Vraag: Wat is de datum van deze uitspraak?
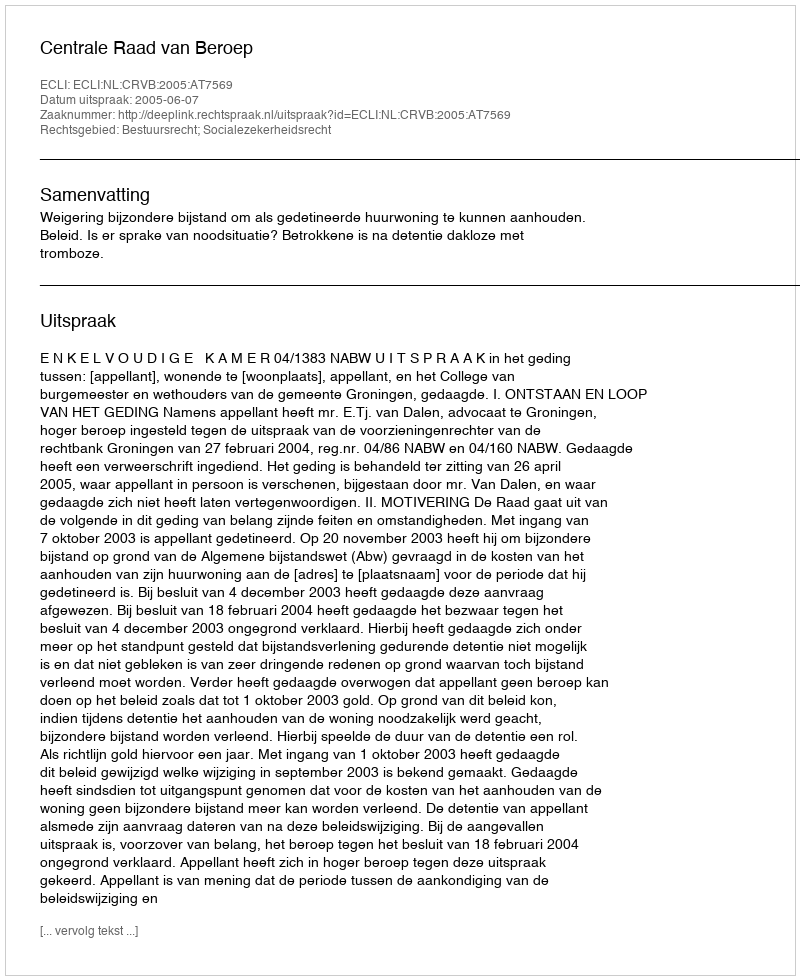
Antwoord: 2005-06-07